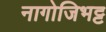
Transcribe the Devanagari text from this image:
नागोजिभट्ट